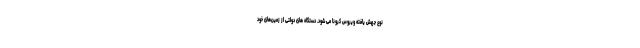
نوع جهش یافته ویروس کرونا می شود. دستگاه‌ های دولتی از زمین‌های خود